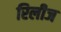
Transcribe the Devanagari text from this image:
रिलीज